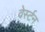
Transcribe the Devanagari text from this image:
वेर्स्टन